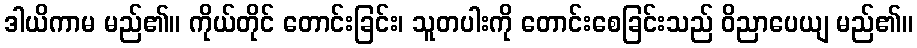
ဒါယိကာမ မည်၏။ ကိုယ်တိုင် တောင်းခြင်း၊ သူတပါးကို တောင်းစေခြင်းသည် ဝိညာပေယျ မည်၏။